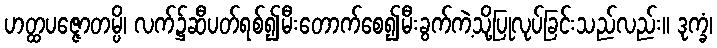
ဟတ္ထပဇ္ဇောတမ္ပိ၊ လက်၌ဆီပတ်ရစ်၍မီးတောက်စေ၍မီးခွက်ကဲ့သို့ပြုလုပ်ခြင်းသည်လည်း။ ဒုက္ခံ၊